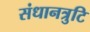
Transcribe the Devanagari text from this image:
संधानत्रुटि